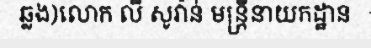
ឆ្លង)លោក លី សូវ៉ាន់ មន្ត្រីនាយកដ្ឋាន